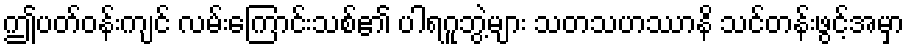
ဤပတ်ဝန်းကျင် လမ်းကြောင်းသစ်၏ ပါရဂူဘွဲ့များ သတသဟဿာနိ သင်တန်းဖွင့်အမှာ